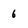
Character: 6